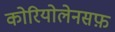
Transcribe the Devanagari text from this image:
कोरियोलेनसफ़